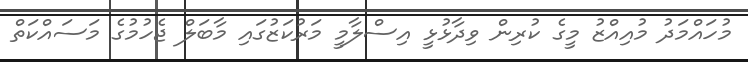
މުހައްމަދު މުއިއްޒު މީގެ ކުރިން ވިދާޅުޅީ އިސްލާމީ މަރުކަޒުގައި މާބަލް ޖެހުމުގެ މަސައްކަތް